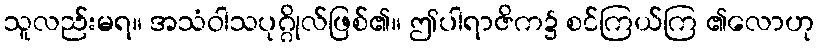
သူလည်းမရ။ အသံဝါသပုဂ္ဂိုလ်ဖြစ်၏။ ဤပါရာဇိက၌ စင်ကြယ်ကြ ၏လောဟု